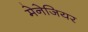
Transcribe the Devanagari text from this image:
मेनेजियर